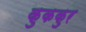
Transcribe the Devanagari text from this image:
कुककुर